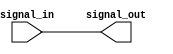
module io_buffer (
    input wire signal_in,
    output reg signal_out
);

// Buffer logic implementation goes here

assign signal_out = signal_in; // Basic buffer functionality

endmodule